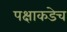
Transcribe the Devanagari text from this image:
पक्षाकडेच